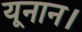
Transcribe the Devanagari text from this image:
यूनान।